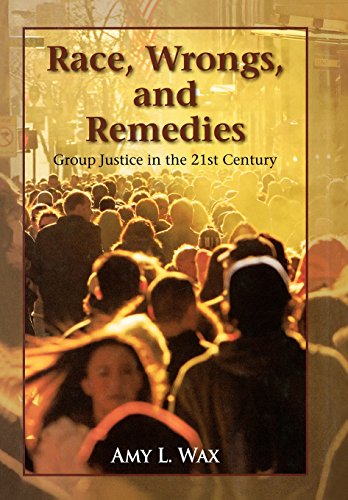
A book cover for Race, Wrongs, and Remedies: Group Justice in the 21st Century (Hoover Studies in Politics, Economics, and Society); Amy L. Wax; Law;